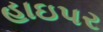
હાઇપર